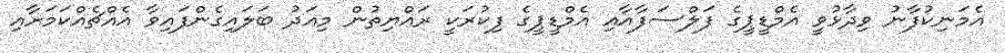
އެމަނިކުފާނު ވިދާޅުވީ އެމްޑީޕީގެ ފަލްސަފާއާއި އެމްޑީޕީގެ ފިކުރަކީ ރައްޔިތުން މިއަދު ބަލައިގެންފައިވާ އެއްޗެއްކަމަށާއި